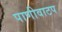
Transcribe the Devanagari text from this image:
पाणीवाटप